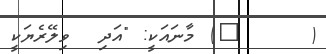
(     ٢) މާނައަކީ: "އަދި  ވިލޭރެޔަކީ